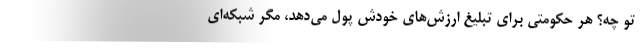
تو چه؟ هر حکومتی برای تبلیغ ارزش‌های خودش پول می‌دهد، مگر شبکه‌ای